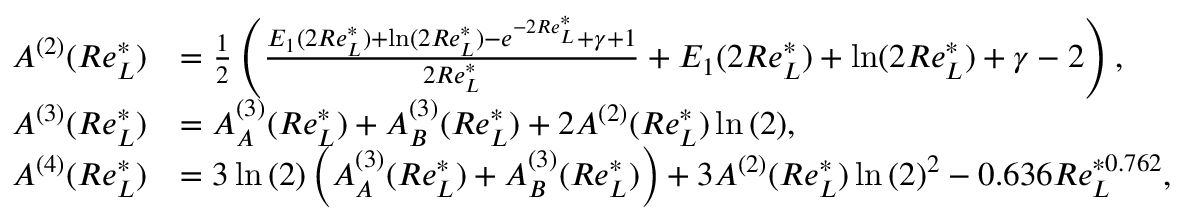
\begin{array} { r l } { A ^ { ( 2 ) } ( R e _ { L } ^ { * } ) } & { = \frac { 1 } { 2 } \left( \frac { E _ { 1 } ( 2 R e _ { L } ^ { * } ) + \ln ( 2 R e _ { L } ^ { * } ) - e ^ { - 2 R e _ { L } ^ { * } } + \gamma + 1 } { 2 R e _ { L } ^ { * } } + E _ { 1 } ( 2 R e _ { L } ^ { * } ) + \ln ( 2 R e _ { L } ^ { * } ) + \gamma - 2 \right) , } \\ { A ^ { ( 3 ) } ( R e _ { L } ^ { * } ) } & { = A _ { A } ^ { ( 3 ) } ( R e _ { L } ^ { * } ) + A _ { B } ^ { ( 3 ) } ( R e _ { L } ^ { * } ) + 2 A ^ { ( 2 ) } ( R e _ { L } ^ { * } ) \ln { ( 2 ) } , } \\ { A ^ { ( 4 ) } ( R e _ { L } ^ { * } ) } & { = 3 \ln { ( 2 ) } \left( A _ { A } ^ { ( 3 ) } ( R e _ { L } ^ { * } ) + A _ { B } ^ { ( 3 ) } ( R e _ { L } ^ { * } ) \right) + 3 A ^ { ( 2 ) } ( R e _ { L } ^ { * } ) \ln { ( 2 ) } ^ { 2 } - 0 . 6 3 6 R e _ { L } ^ { * 0 . 7 6 2 } , } \end{array}